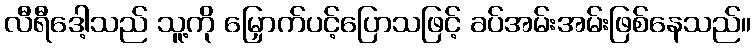
လီရီဒေါ့သည် သူ့ကို မြှောက်ပင့်ပြောသဖြင့် ခပ်အမ်းအမ်းဖြစ်နေသည်။